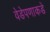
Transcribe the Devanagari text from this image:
वेडेपणाकडे